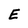
Character: E